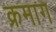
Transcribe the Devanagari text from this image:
क्रमाग